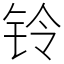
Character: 铃